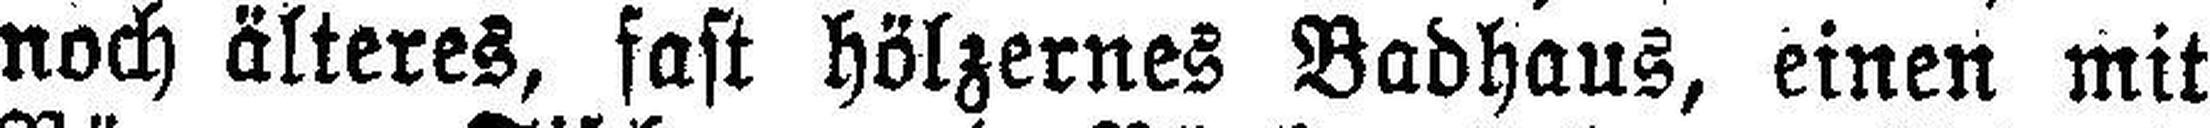
noch älteres, fast hölzernes Badhaus, einen mit